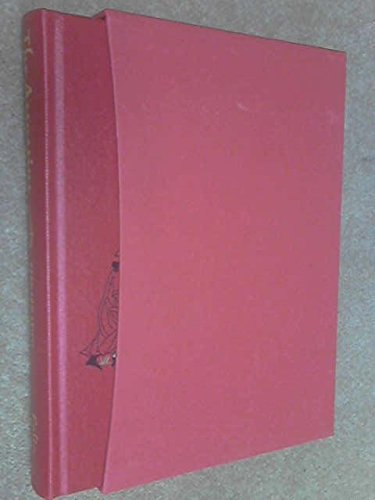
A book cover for The Assassins a Radical Sect in Islam - Folio Society Hardcover in Slipcase; Bernard Lewis; History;